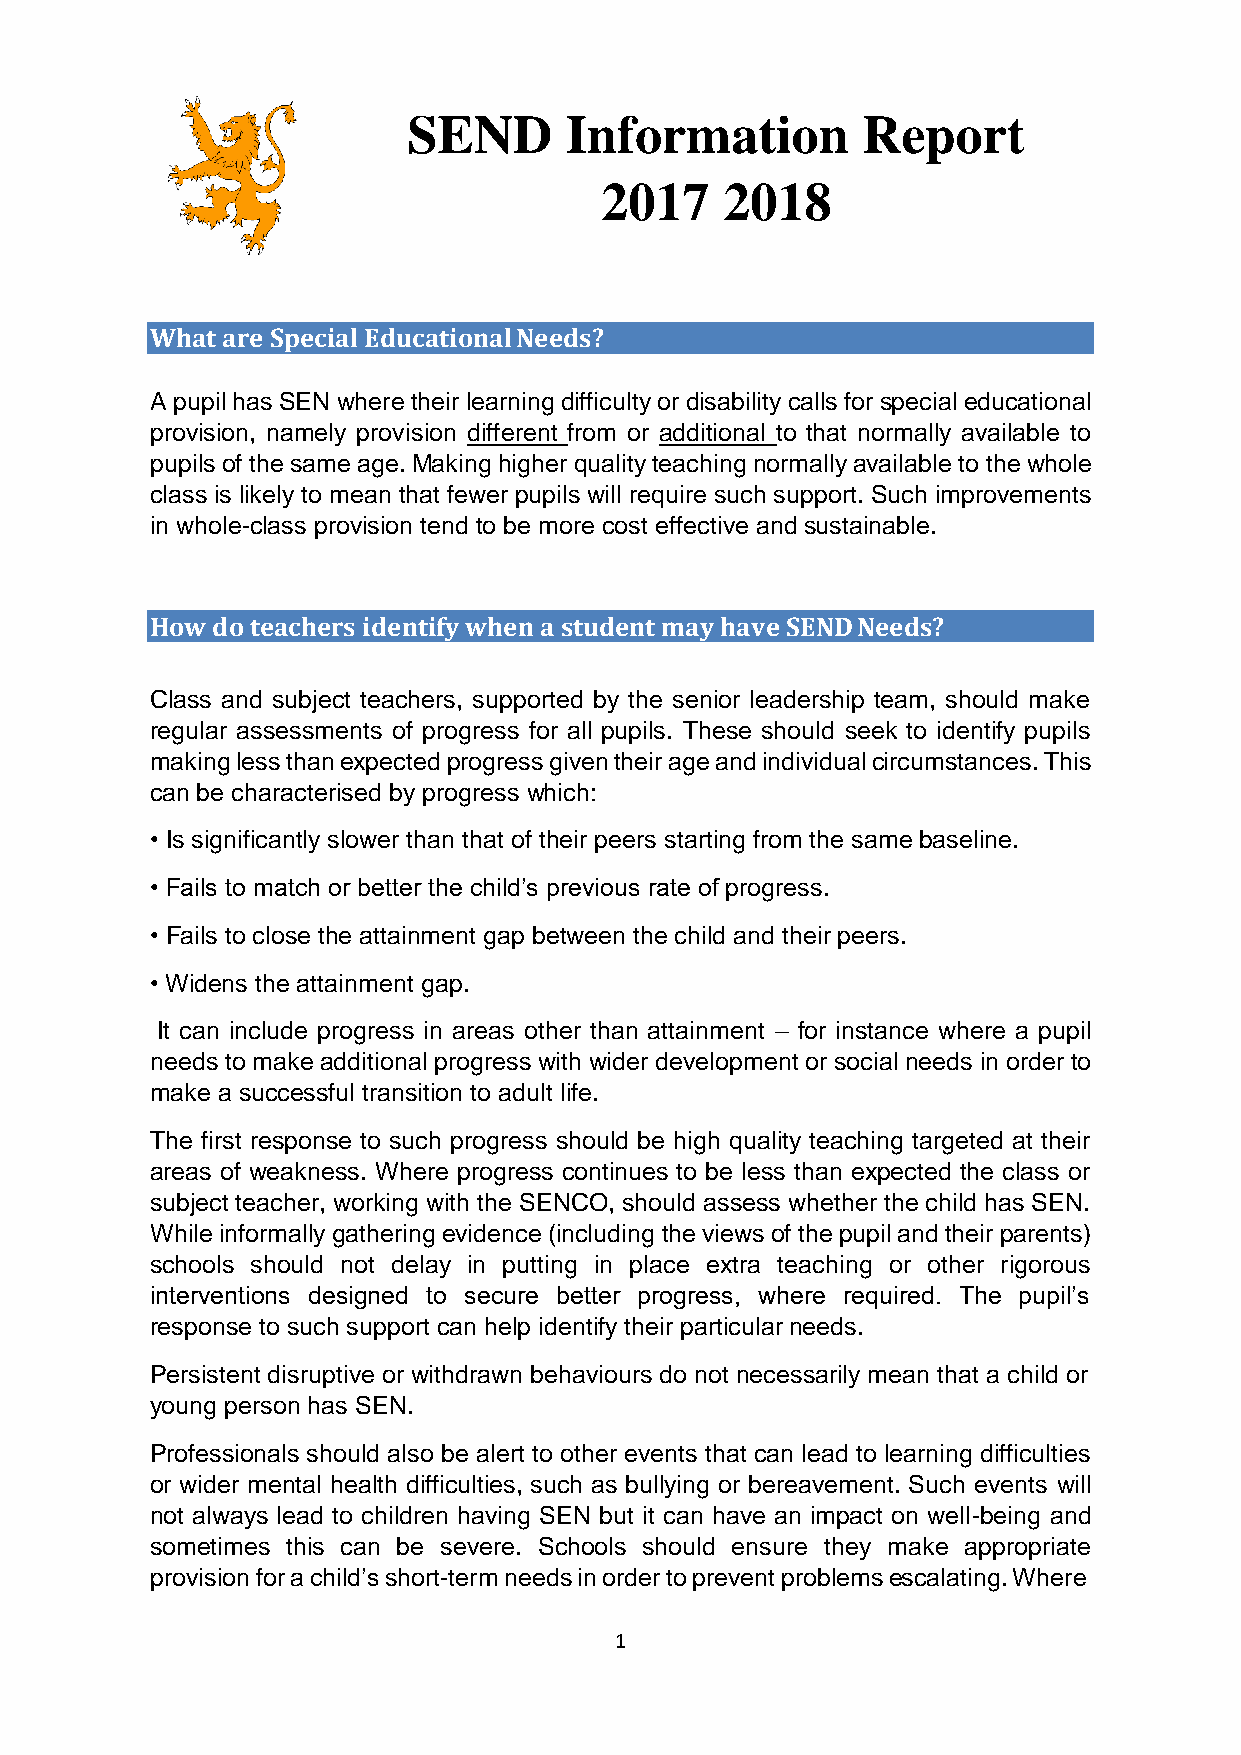
SEND      Information         Report
 2017    2018
 What are Special Educational Needs?
 A pupil has SEN where their learning difficulty or disability calls for special educational
 provision, namely provision different from or additional to that normally available to
 pupils of the same age. Making higher quality teaching normally available to the whole
 class is likely to mean that fewer pupils will require such support. Such improvements
 in whole-class provision tend to be more cost effective and sustainable.
 How do teachers identify when a student may have SEND Needs?
 Class and subject teachers, supported by the senior leadership team, should make
 regular assessments of progress for all pupils. These should seek to identify pupils
 making less than expected progress given their age and individual circumstances. This
 can be characterised by progress which:
 • Is significantly slower than that of their peers starting from the same baseline.
 • Fails to match or better the child’s previous rate of progress.
 • Fails to close the attainment gap between the child and their peers.
 • Widens the attainment gap.
 It can include progress in areas other than attainment – for instance where a pupil
 needs to make additional progress with wider development or social needs in order to
 make a successful transition to adult life.
 The first response to such progress should be high quality teaching targeted at their
 areas of weakness. Where progress continues to be less than expected the class or
 subject teacher, working with the SENCO, should assess whether the child has SEN.
 While informally gathering evidence (including the views of the pupil and their parents)
 schools should not delay in putting in place extra teaching or other rigorous
 interventions designed to secure better progress, where required. The pupil’s
 response to such support can help identify their particular needs.
 Persistent disruptive or withdrawn behaviours do not necessarily mean that a child or
 young person has SEN.
 Professionals should also be alert to other events that can lead to learning difficulties
 or wider mental health difficulties, such as bullying or bereavement. Such events will
 not always lead to children having SEN but it can have an impact on well-being and
 sometimes this can be severe. Schools should ensure they make appropriate
 provision for a child’s short-term needs in order to prevent problems escalating. Where
 1